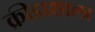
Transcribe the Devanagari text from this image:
क्रीडाशाला